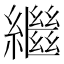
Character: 繼